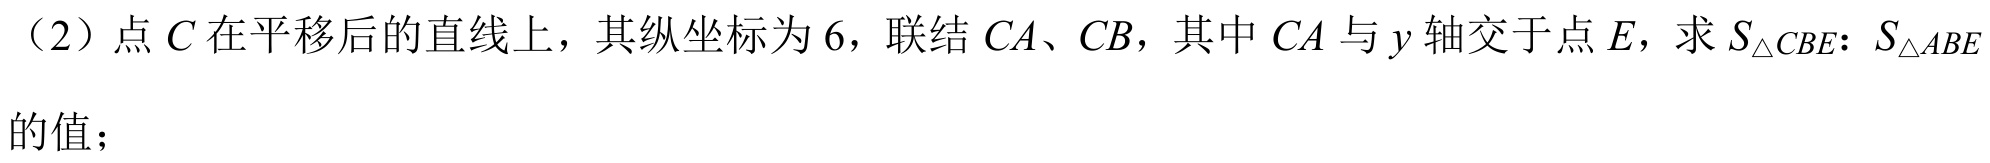
（2）点\(C\)在平移后的直线上，其纵坐标为\(6\)，联结\(CA\)、\(CB\)，其中\(CA\)与\(y\)轴交于点\(E\)，求\(S_{\triangle CBE}:S_{\triangle ABE}\)的值；